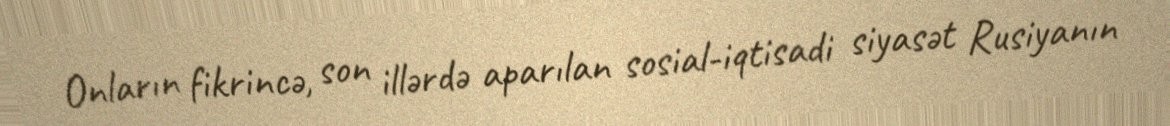
Onların fikrincə, son illərdə aparılan sosial-iqtisadi siyasət Rusiyanın